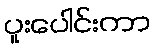
ပူးပေါင်းကာ